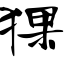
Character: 猓